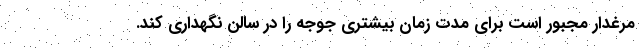
مرغدار مجبور است برای مدت زمان بیشتری جوجه را در سالن نگهداری کند.